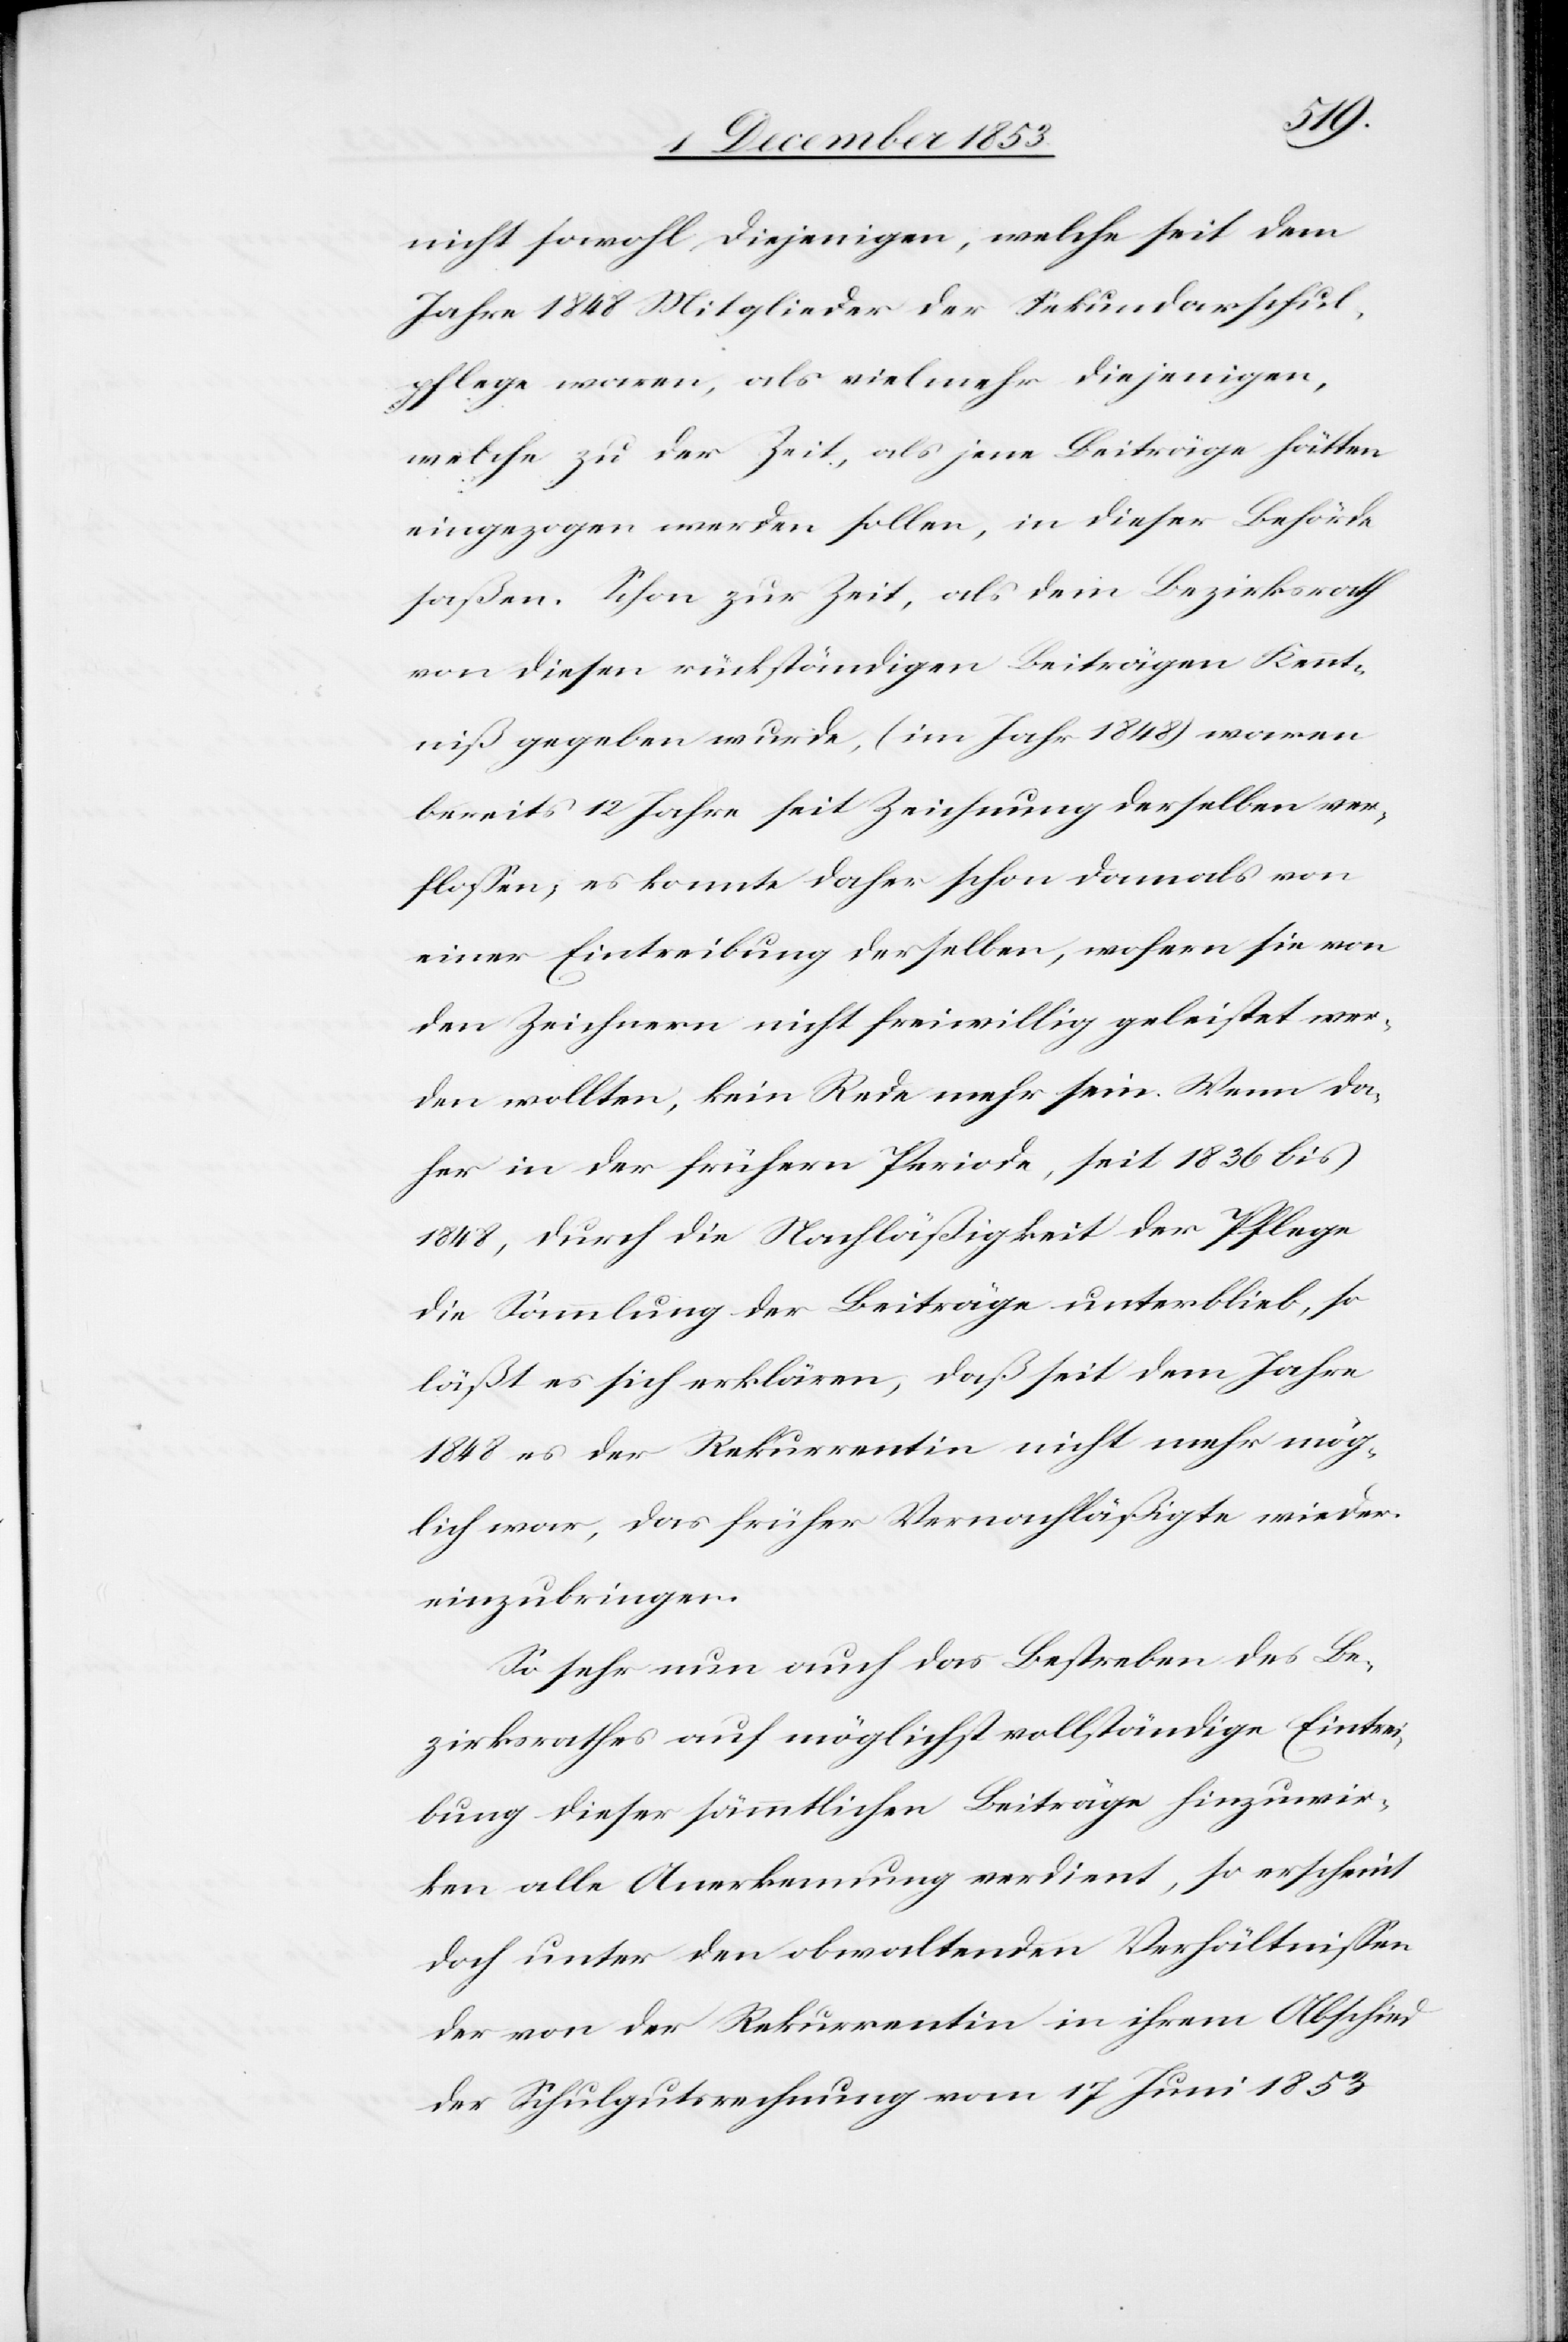
nicht sowohl diejenigen, welche seit dem
Jahre 1848 Mitglieder der Sekundarschul¬
pflege waren, als vielmehr diejenigen,
welche zu der Zeit, als jene Beiträge hätten
eingezogen werden sollen, in dieser Behörde
saßen. Schon zur Zeit, als dem Bezirksrath
von diesen rückständigen Beiträgen Kennt¬
niß gegeben wurde, (im Jahr 1848) waren
bereits 12 Jahre seit Zeichnung derselben ver¬
floßen, es konnte daher schon damals von
einer Eintreibung derselben, wofern sie von
den Zeichnern nicht freiwillig geleistet wer¬
den wollten, kein[e] Rede mehr sein. Wenn da¬
her in der frühern Periode, seit 1836 bis
1848, durch die Nachläßigkeit der Pflege
die Sammlung der Beiträge unterblieb, so
läßt es sich erklären, daß seit dem Jahre
1848 es der Rekurrentin nicht mehr mög¬
lich war, das früher Vernachläßigte wieder
einzubringen.
So sehr nun auch das Bestreben des Be¬
zirksrathes auf möglichst vollständige Eintrei¬
bung dieser sämmtlichen Beiträge hinzuwir¬
ken alle Anerkennung verdient, so erscheint
doch unter den obwaltenden Verhältnißen
der von der Rekurrentin in ihrem Abschied
der Schulgutsrechnung vom 17 Juni 1853